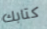
كتابك